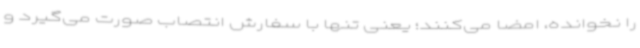
را نخوانده، امضا می‌کنند؛ یعنی تنها با سفارش انتصاب صورت می‌گیرد و